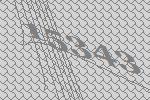
15343